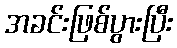
အခင်းဖြစ်ပွားပြီး